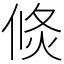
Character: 倐